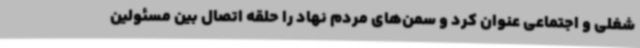
شغلی و اجتماعی عنوان کرد و سمن‌های مردم نهاد را حلقه اتصال بین مسئولین